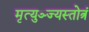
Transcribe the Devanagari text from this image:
मृत्युञ्ज्यस्तोत्रं